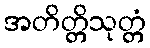
အတိတ္တိသုတ္တံ